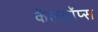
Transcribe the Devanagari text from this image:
कॅलट्रॉप्स